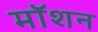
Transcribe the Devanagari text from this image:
माॅशन